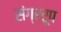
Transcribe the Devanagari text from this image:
संग्ररूप